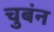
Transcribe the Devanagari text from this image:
चुबंन